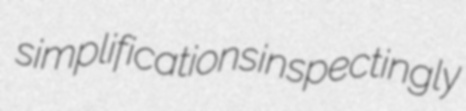
simplifications inspectingly